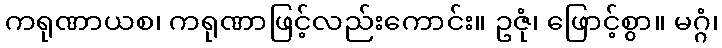
ကရုဏာယစ၊ ကရုဏာဖြင့်လည်းကောင်း။ ဥဇုံ၊ ဖြောင့်စွာ။ မဂ္ဂံ၊